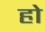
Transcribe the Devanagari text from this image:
हाे